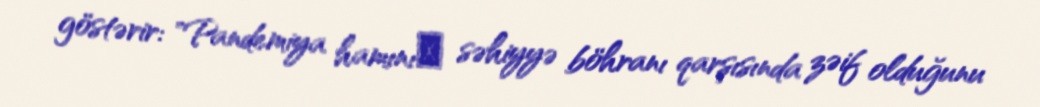
göstərir: "Pandemiya hamınıт səhiyyə böhranı qarşısında zəif olduğunu